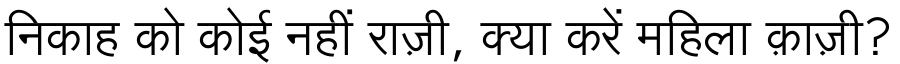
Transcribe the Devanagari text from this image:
निकाह को कोई नहीं राज़ी, क्या करें महिला क़ाज़ी?